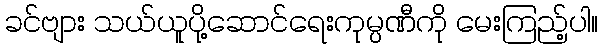
ခင်ဗျား သယ်ယူပို့ဆောင်ရေးကုမ္ပဏီကို မေးကြည့်ပါ။